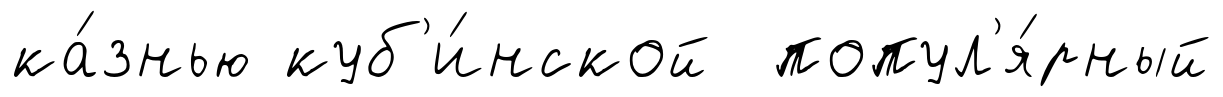
ка́знью куб'и́нской попул'я́рный